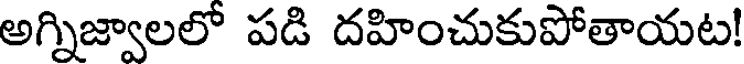
అగ్నిజ్వాలలో పడి దహించుకుపోతాయట!